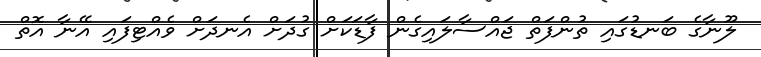
ލޫނާގެ ބަނޑުގައި ތުންފަތް ޖައްސާލައިގެން ފާޑަކަށް ގުދަށް އެނދަށް ވެއްޓިފައި އޭނާ އޮތް